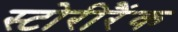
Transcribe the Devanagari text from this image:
स्टोरीरैंक